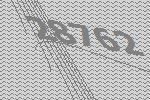
28762